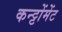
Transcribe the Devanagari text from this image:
कन्ट्टोंमेंट